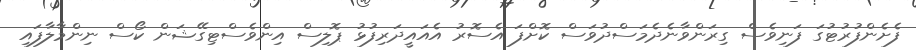
ފެށެންފުރުޓުގަ ފަނިވެސް ގިރަންވާނެދެމަސްދުވަސް ކޮށްފަ އެސޮރު އެއައީދަރިފުޅު ޕޮލިސް އިންވެސްޓިގޭޝަން ކޯސް ނިންމާލާފައި